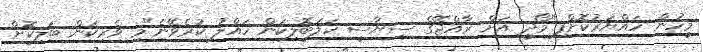
މީހުން ހައްޔަރުކޮށްފި"މޯދީ އަށް ރާއްޖޭގެ ސިޔާސީ ހަލަބޮލިކަން ހައްލު ކުރެވޭނެ"މި ވެރިކަން ބަލިކޮށް